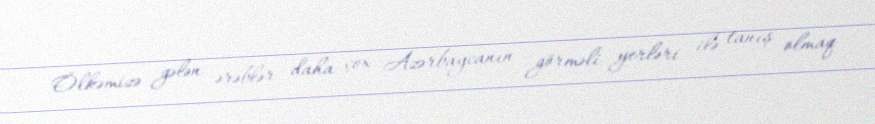
Ölkəmizə gələn ərəblər daha çox Azərbaycanın görməli yerləri ilə tanış olmaq